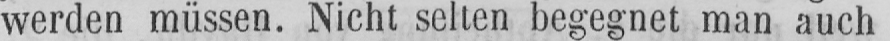
werden müssen. Nicht selten begegnet man auch